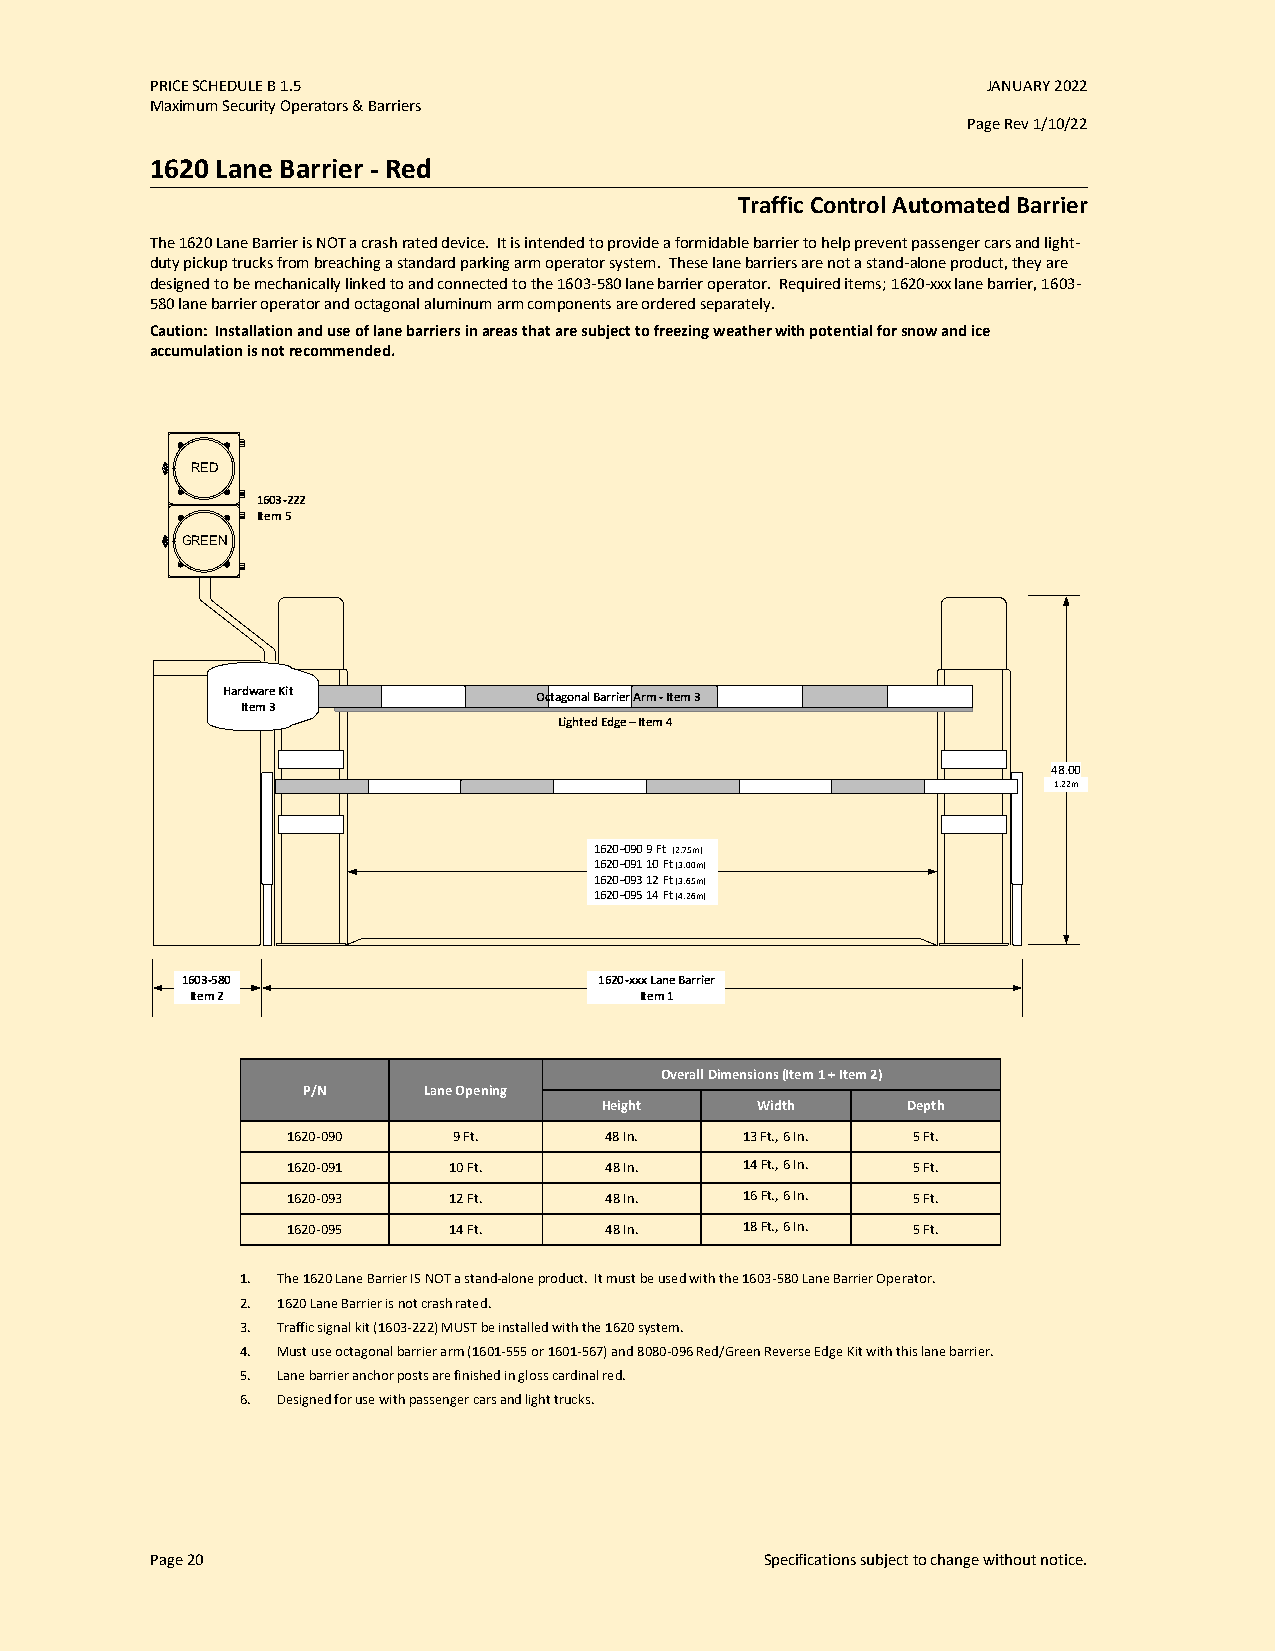
PRICE SCHEDULE B 1.5                                   JANUARY 2022
 Maximum Security Operators & Barriers
 Page Rev 1/10/22
 1620 Lane Barrier - Red
 Traffic Control Automated Barrier
 The 1620 Lane Barrier is NOT a crash rated device. It is intended to provide a formidable barrier to help prevent passenger cars and light-
 duty pickup trucks from breaching a standard parking arm operator system. These lane barriers are not a stand-alone product, they are
 designed to be mechanically linked to and connected to the 1603-580 lane barrier operator. Required items; 1620-xxx lane barrier, 1603-
 580 lane barrier operator and octagonal aluminum arm components are ordered separately.
 Caution: Installation and use of lane barriers in areas that are subject to freezing weather with potential for snow and ice
 accumulation is not recommended.
 RED
 1603-222
 Item 5
 GREEN
 Hardware Kit        Octagonal Barrier Arm -Item 3
 Item 3
 Lighted Edge – Item 4
 48.00
 1.22m
 1620-090 9 Ft (2.75m)
 1620-0 89 11 . 31 80 Ft (3.00m)
 1620-093 12 Ft (3.65m)
 1620-095 14 Ft (4.26m)
 1603-580                    1620-xxx Lane Barrier
 15.00                       105.00
 Item 2                       Item 1
 Overall Dimensions (Item 1 + Item 2)
 P/N     Lane Opening
 Height    Width     Depth
 1620-090   9 Ft.     48 In.   13 Ft., 6 In. 5 Ft.
 1620-091   10 Ft.    48 In.   14 Ft., 6 In. 5 Ft.
 1620-093   12 Ft.    48 In.   16 Ft., 6 In. 5 Ft.
 1620-095   14 Ft.    48 In.   18 Ft., 6 In. 5 Ft.
 1. The 1620 Lane Barrier IS NOT a stand-alone product. It must be used with the 1603-580 Lane Barrier Operator.
 2. 1620 Lane Barrier is not crash rated.
 3. Traffic signal kit (1603-222) MUST be installed with the 1620 system.
 4. Must use octagonal barrier arm (1601-555 or 1601-567) and 8080-096 Red/Green Reverse Edge Kit with this lane barrier.
 5. Lane barrier anchor posts are finished in gloss cardinal red.
 6. Designed for use with passenger cars and light trucks.
 Page 20                                  Specifications subject to change without notice.